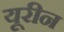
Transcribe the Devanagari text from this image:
यूरीन